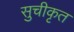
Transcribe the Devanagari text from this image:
सुचीकृत